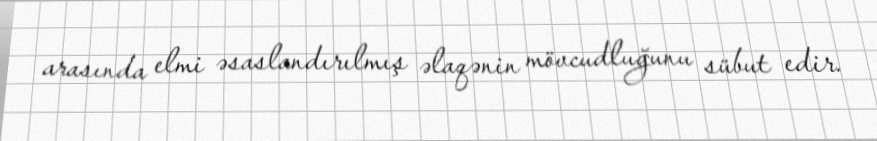
arasında elmi əsaslandırılmış əlaqənin mövcudluğunu sübut edir.